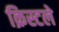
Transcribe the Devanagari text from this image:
क्रिस्टले